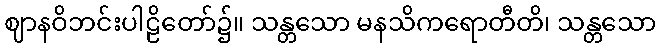
ဈာနဝိဘင်းပါဠိတော်၌။ သန္တသော မနသိကရောတီတိ၊ သန္တသော